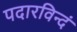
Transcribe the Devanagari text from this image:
पदारविन्दं